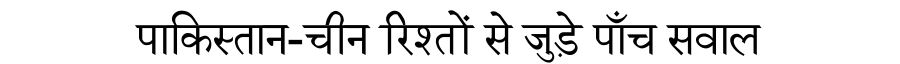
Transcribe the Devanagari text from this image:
पाकिस्तान-चीन रिश्तों से जुड़े पाँच सवाल